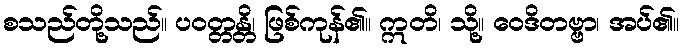
စသည်တို့သည်။ ပဝတ္တန္တိ၊ ဖြစ်ကုန်၏။ ဣတိ၊ သို့။ ဝေဒိတဗ္ဗာ၊ အပ်၏။